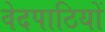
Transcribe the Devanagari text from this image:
वेदपाठियों